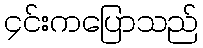
၄င်းကပြောသည်